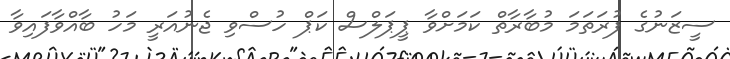
ސީޒަނުގެ ފުރަތަމަ މުބާރާތް ކަމަށްވާ ޕީޕަލްސް ކަޕް ހުސްވި ޖެނުއަރީ މަހު ބާއްވާފައިވާ